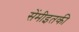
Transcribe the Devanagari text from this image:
सेंमीइतकी